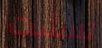
تلاشت